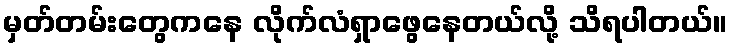
မှတ်တမ်းတွေကနေ လိုက်လံရှာဖွေနေတယ်လို့ သိရပါတယ်။